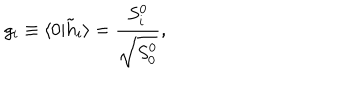
g _ { i } \equiv \langle 0 \vert { \tilde { h } } _ { i } \rangle = { \frac { S _ { i } ^ { 0 } } { \sqrt { S _ { 0 } ^ { 0 } } } } ,